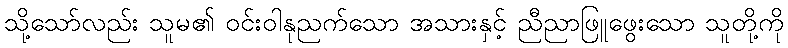
သို့သော်လည်း သူမ၏ ဝင်းဝါနုညက်သော အသားနှင့် ညီညာဖြူဖွေးသော သူတို့ကို